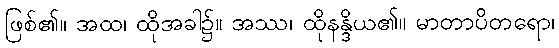
ဖြစ်၏။ အထ၊ ထိုအခါ၌။ အဿ၊ ထိုနန္ဒိယ၏။ မာတာပိတရော၊